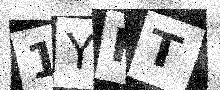
Text: 1YHT